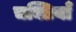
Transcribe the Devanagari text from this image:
चक्तियाँ